Annual report of the Punjab Veterinary College and of the Civil Veterinary Department, Punjab - 1894-1908
Year: 1894
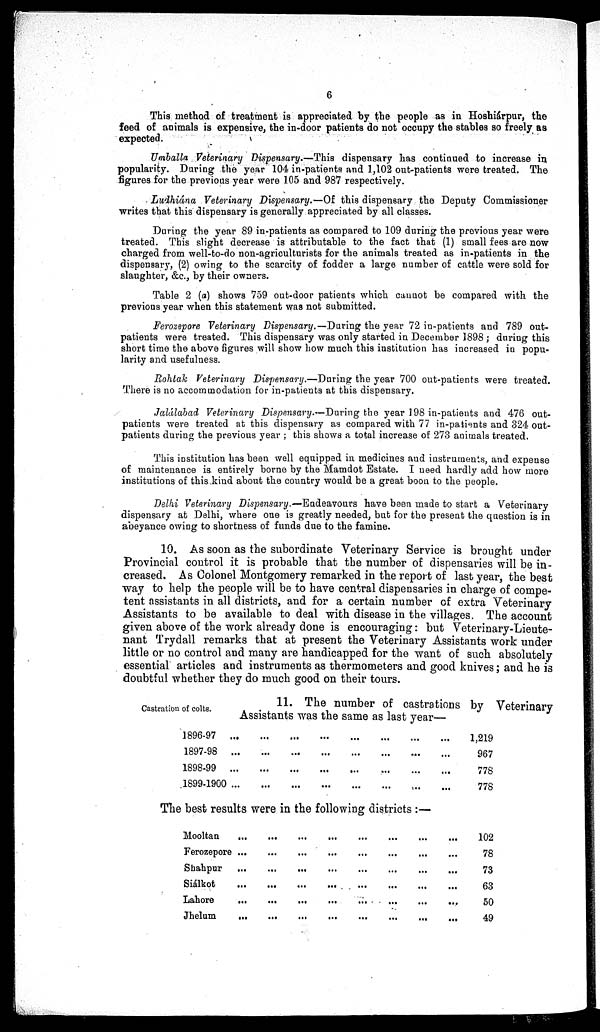
6
This method of treatment is appreciated by the people as in Hoshiárpur, the
feed of animals is expensive, the in-door patients do not occupy the stables so freely as
expected.
Umballa Veterinary Dispensary.—This dispensary has continued to increase in
popularity. During the year 104 in-patients and 1,102 out-patients were treated. The
figures for the previous year were 105 and 987 respectively.
Ludhiána Veterinary Dispensary.—Of this dispensary the Deputy Commissioner
writes that this dispensary is generally appreciated by all classes.
During the year 89 in-patients as compared to 109 during the previous year were
treated. This slight decrease is attributable to the fact that (1) small fees are now
charged from well-to-do non-agriculturists for the animals treated as in-patients in the
dispensary, (2) owing to the scarcity of fodder a large number of cattle were sold for
slaughter, &c., by their owners.
Table 2 (a) shows 759 out-door patients which cannot be compared with the
previous year when this statement was not submitted.
Ferozepore Veterinary Dispensary.—During the year 72 in-patients and 789 out-
patients were treated. This dispensary was only started in December 1898; during this
short time the above figures will show how much this institution has increased in popu-
larity and usefulness.
Rohtak Veterinary Dispensary.—During the year 700 out-patients were treated.
There is no accommodation for in-patients at this dispensary.
Jalálabad Veterinary Dispensary.—During the year 198 in-patients and 476 out-
patients were treated at this dispensary as compared with 77 in-patients and 324 out-
patients during the previous year; this shows a total increase of 273 animals treated.
This institution has been well equipped in medicines and instruments, and expense
of maintenance is entirely borne by the Mamdot Estate. I need hardly add how more
institutions of this kind about the country would be a great boon to the people.
Delhi Veterinary Dispensary.—Endeavours
have been made to start a Veterinary
dispensary at Delhi, where one is greatly needed, but for the present the question is in
abeyance owing to shortness of funds due to the famine.
10. As soon as the subordinate Veterinary Service is brought under
Provincial control it is probable that the number of dispensaries will be in-
creased. As Colonel Montgomery remarked in the report of last year, the best
way to help the people will be to have central dispensaries in charge of compe-
tent assistants in all districts, and for a certain number of extra Veterinary
Assistants to be available to deal with disease in the villages. The account
given above of the work already done is encouraging: but Veterinary-Lieute-
nant Trydall remarks that at present the Veterinary Assistants work under
little or no control and many are handicapped for the want of such absolutely
essential articles and instruments as thermometers and good knives; and he is
doubtful whether they do much good on their tours.
Castration of colts.
11. The number of castrations by Veterinary
Assistants was the same as last year—
1896-97
1897-98
1898-99
1899-1900
...
...
...
...
...
...
...
...
...
...
...
...
...
...
...
...
...
...
...
...
...
...
...
...
...
...
...
...
...
...
...
...
1,219
967
778
778
The best results were in the following districts :—
Mooltan
Ferozepore
Shahpur
Siálkot
Lahore
Jhelum
...
...
...
...
...
...
...
...
...
...
...
...
...
...
...
...
...
...
...
...
...
...
...
...
...
...
...
...
...
...
...
...
...
...
...
...
...
...
...
...
...
...
...
...
...
...
...
...
102
78
73
63
50
49